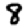
Digit: 8